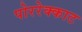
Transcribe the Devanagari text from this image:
पोररेक्काट